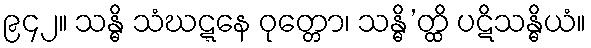
၉၄၂။ သန္ဓိ သံဃဋ္ဋနေ ဝုတ္တော၊ သန္ဓိ’တ္ထိ ပဋိသန္ဓိယံ။